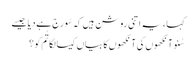
کہا ، یہ اتنی روشن ہیں کہ سُورج ہے دیا جیسے
سُنو آنکھوں کی آنکھوں کا بیاں کیسا لگا تُم کو ؟